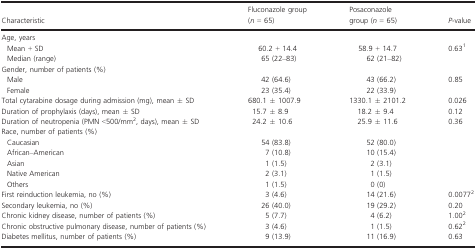
| Characteristic | Fluconazole group (n = 65) | Posaconazole group (n = 65) | P-value |
 | --- | --- | --- | --- |
 | <COLSPAN=4> Age, years |
 | Mean + SD | 60.2 + 14.4 | 58.9 + 14.7 | <ROWSPAN=2> 0.631 |
 | Median (range) | 65 (22–83) | 62 (21–82) |
 | <COLSPAN=4> Gender, number of patients (%) |
 | Male | 42 (64.6) | 43 (66.2) | <ROWSPAN=2> 0.85 |
 | Female | 23 (35.4) | 22 (33.9) |
 | Total cytarabine dosage during admission (mg), mean ± SD | 680.1 ± 1007.9 | 1330.1 ± 2101.2 | 0.026 |
 | Duration of prophylaxis (days), mean ± SD | 15.7 ± 8.9 | 18.2 ± 9.4 | 0.12 |
 | Duration of neutropenia (PMN <500/mm2, days), mean ± SD | 24.2 ± 10.6 | 25.9 ± 11.6 | 0.36 |
 | <COLSPAN=4> Race, number of patients (%) |
 | Caucasian | 54 (83.8) | 52 (80.0) |  |
 | African–American | 7 (10.8) | 10 (15.4) |  |
 | Asian | 1 (1.5) | 2 (3.1) |  |
 | Native American | 2 (3.1) | 1 (1.5) |  |
 | Others | 1 (1.5) | 0 (0) |  |
 | First reinduction leukemia, no (%) | 3 (4.6) | 14 (21.6) | 0.00772 |
 | Secondary leukemia, no (%) | 26 (40.0) | 19 (29.2) | 0.20 |
 | Chronic kidney disease, number of patients (%) | 5 (7.7) | 4 (6.2) | 1.002 |
 | Chronic obstructive pulmonary disease, number of patients (%) | 3 (4.6) | 1 (1.5) | 0.622 |
 | Diabetes mellitus, number of patients (%) | 9 (13.9) | 11 (16.9) | 0.63 |